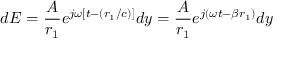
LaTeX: d E = { \frac { A } { r _ { 1 } } } e ^ { j \omega [ t - ( r _ { 1 } / c ) ] } d y = { \frac { A } { r _ { 1 } } } e ^ { j ( \omega t - \beta r _ { 1 } ) } d y